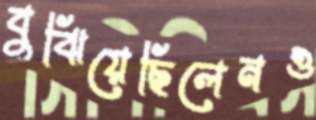
বুঝিয়েছিলেনও